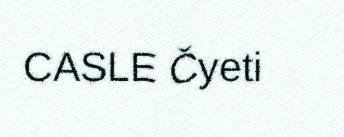
CASLE Čyeti